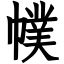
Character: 幞